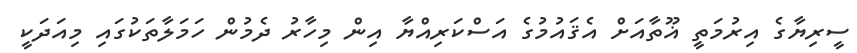
ސީރިޔާގެ އިރުމަތީ ޣޫތާއަށް އެޤައުމުގެ އަސްކަރިއްޔާ އިން މިހާރު ދެމުން ހަމަލާތަކުގައި މިއަދަކީ